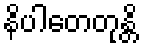
နိပါတေတုန္တိ